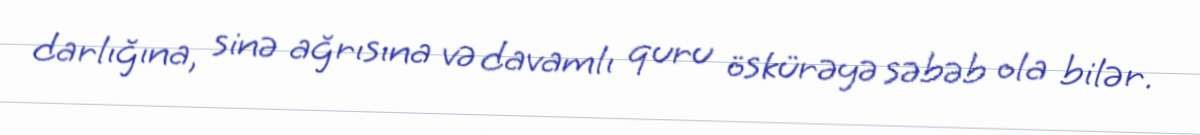
darlığına, sinə ağrısına və davamlı quru öskürəyə səbəb ola bilər.